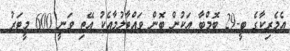
އެމެރިކާގެ ބީ-29 ބޮމްބާ އަކުން ބޮން ވައްޓާލުމާއެކު އޭތި ވަނީ 600 މީޓަރު